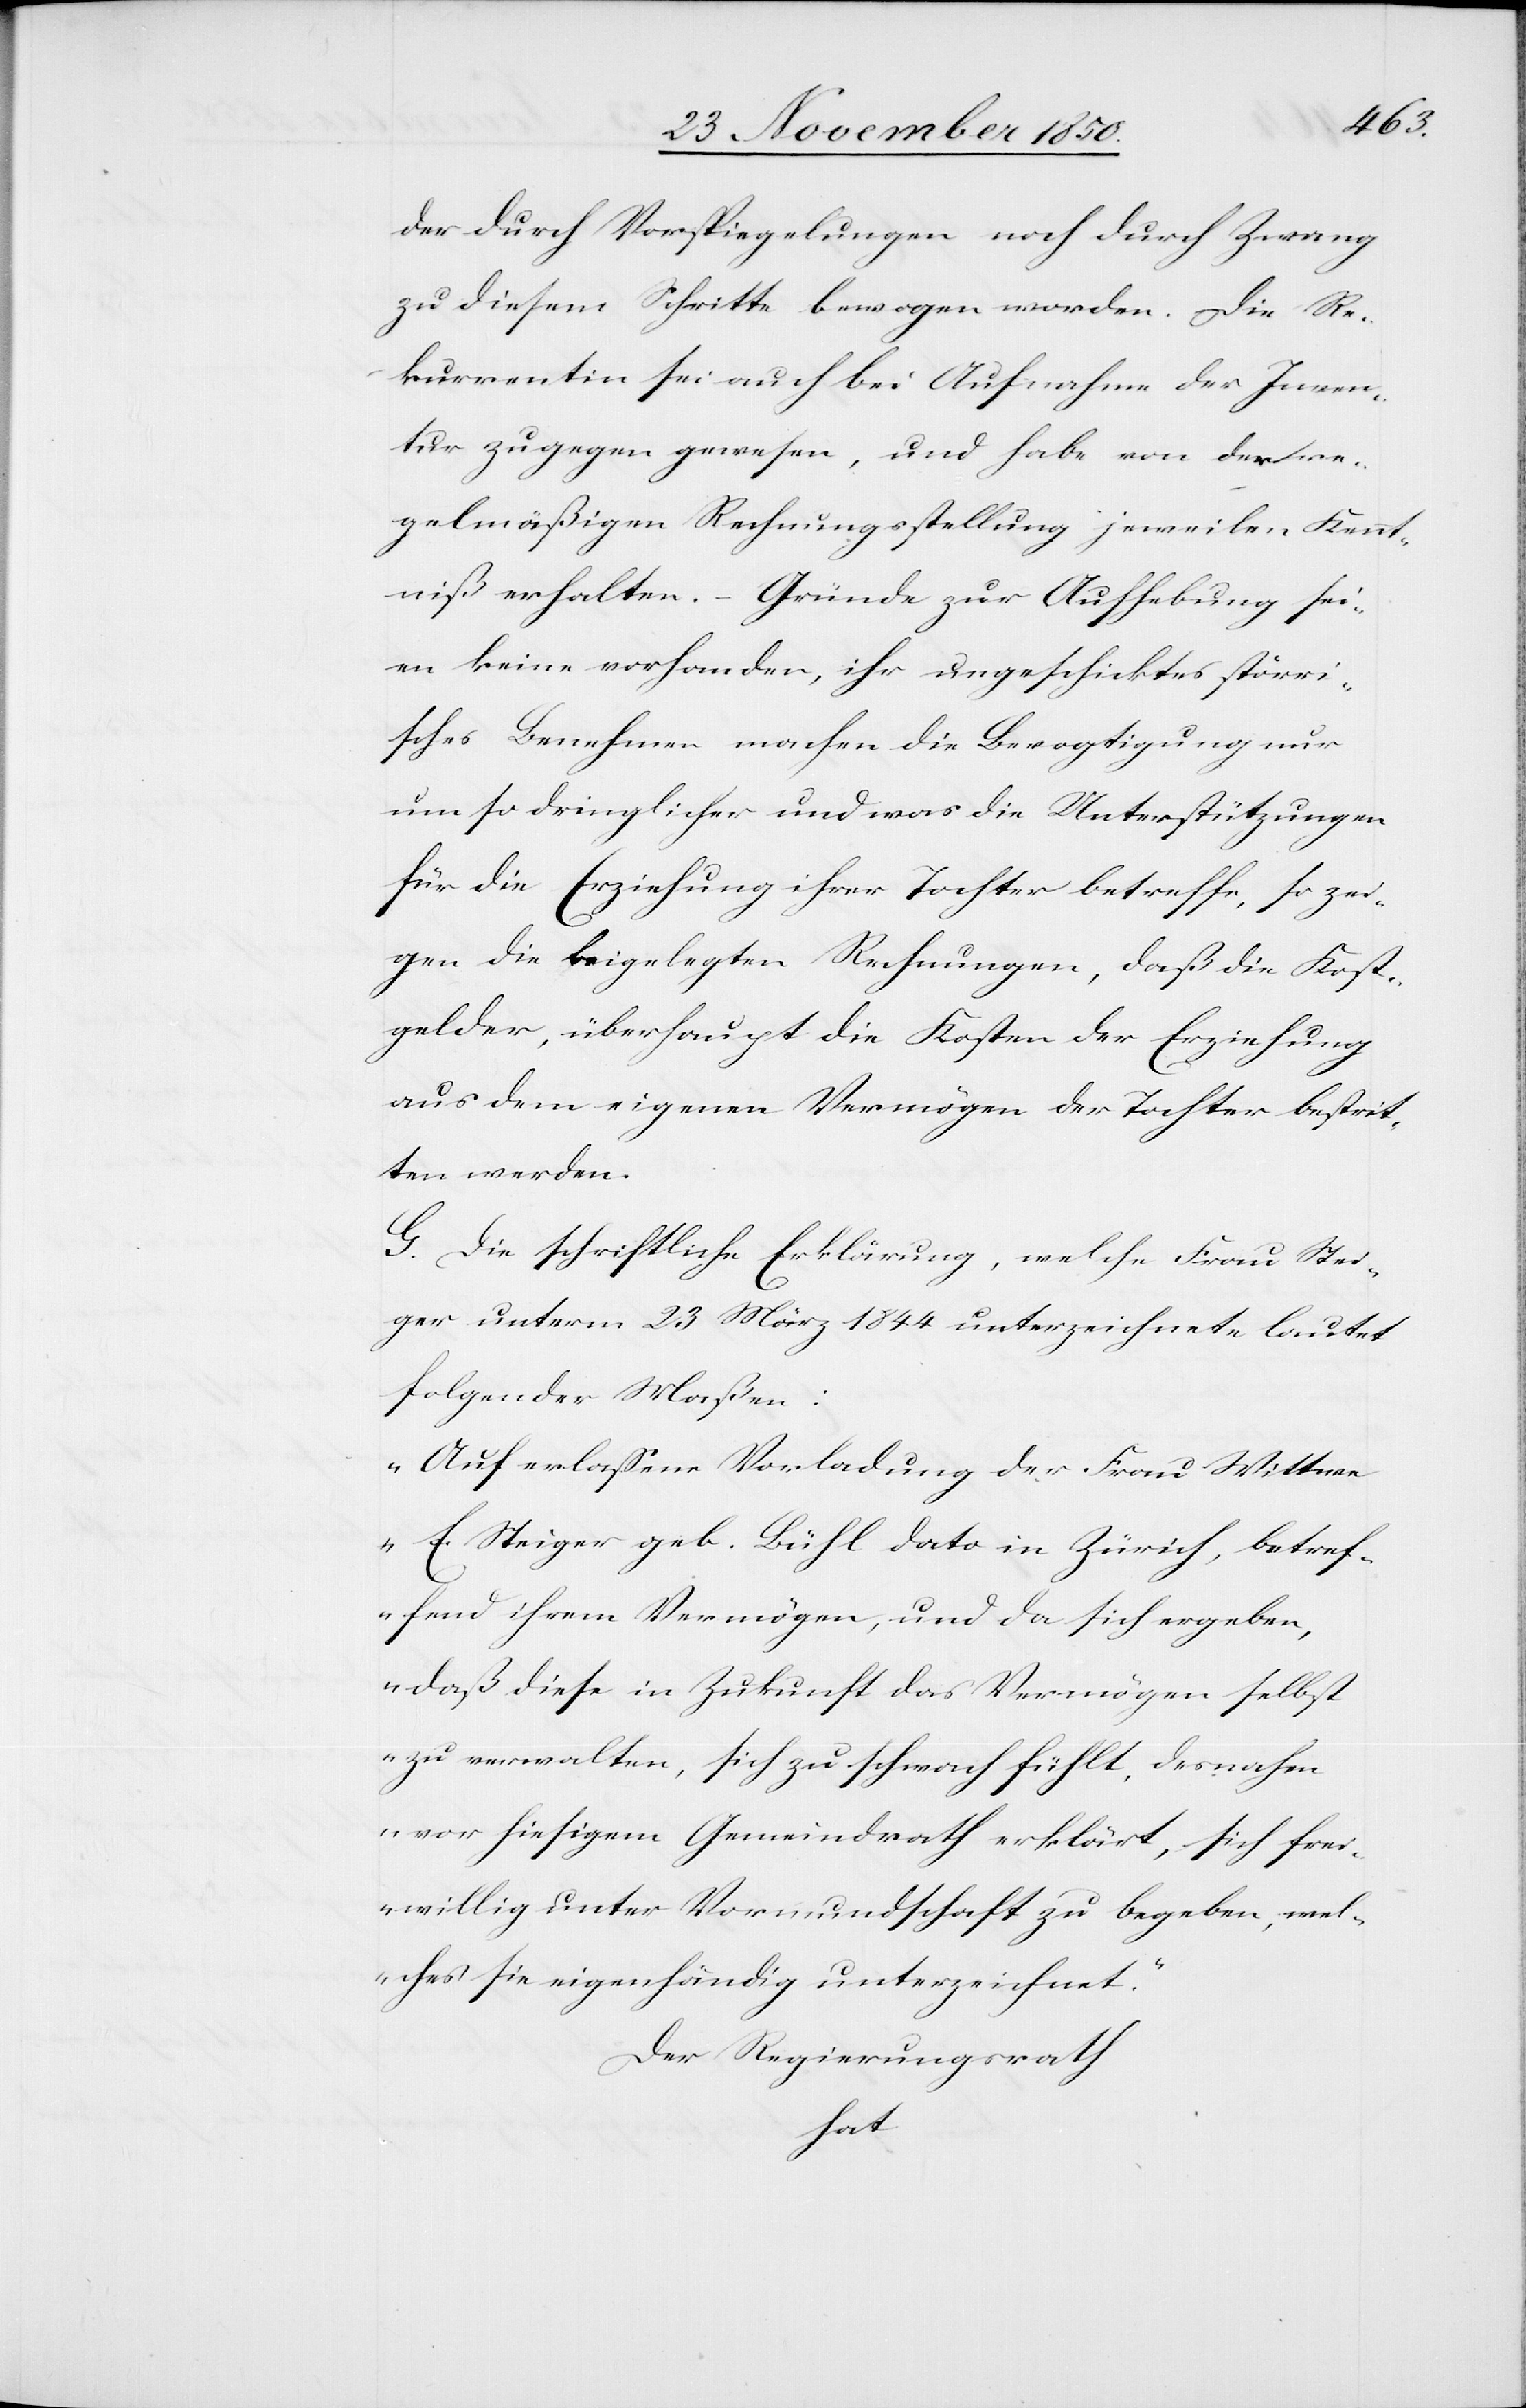
der durch Vorspiegelungen noch durch Zwang
zu diesem Schritte bewogen worden. Die Re¬
kurrentin sei auch bei Aufnahme der Inven¬
tur zugegen gewesen, und habe von der re¬
gelmäßigen Rechnungsstellung jeweilen Kennt¬
niß erhalten. – Gründe zur Aufhebung sei¬
en keine vorhanden, ihr ungeschicktes störri¬
sches Benehmen machen [sic!] die Bevogtigung nur
um so dringlicher und was die Unterstützungen
für die Erziehung ihrer Tochter betreffe, so zei¬
gen die beigelegten Rechnungen, daß die Kost¬
gelder, überhaupt die Kosten der Erziehung
aus dem eigenen Vermögen der Tochter bestrit¬
ten werden.
G. Die schriftliche Erklärung, welche Frau Stei¬
ger unterm 23 März 1844 unterzeichnete lautet
folgender Maßen:
„Auf erlassene Vorladung der Frau Wittwe
E. Steiger geb. Bühl dato in Zürich, betref¬
fend ihrem Vermögen, und da sich ergeben,
daß diese in Zukunft das Vermögen selbst
zu verwalten, sich zu schwach fühlt, [hat
vor hiesigem Gemeindrath erklärt, sich frei¬
willig unter Vormundschaft zu begeben, wel¬
ches sie eigenhändig unterzeichnet.“
Der Regierungsrath
hat